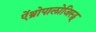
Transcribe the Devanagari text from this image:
ऐंथ्रोपालोजिस्ट्स्